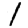
Digit: 1